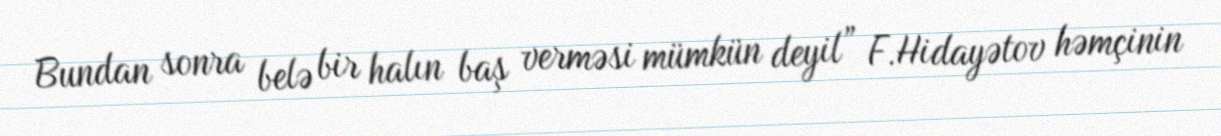
Bundan sonra belə bir halın baş verməsi mümkün deyil” F.Hidayətov həmçinin